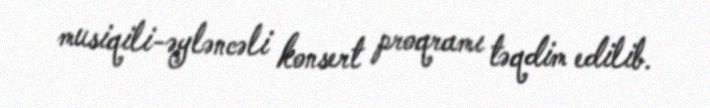
musiqili-əyləncəli konsert proqramı təqdim edilib.